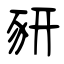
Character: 豜